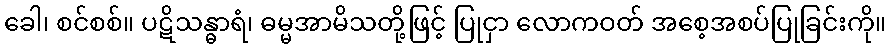
ခေါ၊ စင်စစ်။ ပဋိသန္ဓာရံ၊ ဓမ္မအာမိသတို့ဖြင့် ပြုငှာ လောကဝတ် အစေ့အစပ်ပြုခြင်းကို။